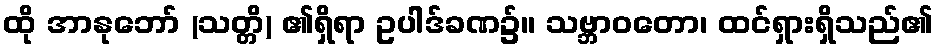
ထို အာနုဘော် (သတ္တိ) ၏ရှိရာ ဥပါဒ်ခဏ၌။ သဗ္ဘာဝတော၊ ထင်ရှားရှိသည်၏